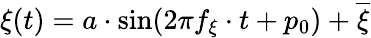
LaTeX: \xi(t)=a\cdot\sin(2\pi f_{\xi}\cdot t+p_{0})+\overline{\xi}